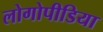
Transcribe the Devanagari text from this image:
लोगोपीडिया